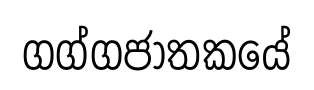
ගග්ගජාතකයේ